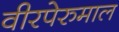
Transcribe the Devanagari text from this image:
वीरपेरुमाल